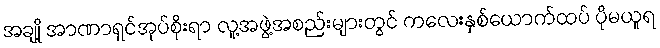
အချို့ အာဏာရှင်အုပ်စိုးရာ လူ့အဖွဲ့အစည်းများတွင် ကလေးနှစ်ယောက်ထပ် ပိုမယူရ